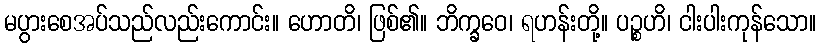
မပွားစေအပ်သည်လည်းကောင်း။ ဟောတိ၊ ဖြစ်၏။ ဘိက္ခဝေ၊ ရဟန်းတို့။ ပဉ္စဟိ၊ ငါးပါးကုန်သော။